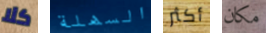
كلا السهلة أكثر مكان